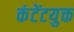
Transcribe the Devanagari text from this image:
कंटेंटयुक्त